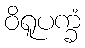
ဝိရူပက္ခံ